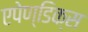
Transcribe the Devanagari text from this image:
एपेण्डिक्स